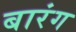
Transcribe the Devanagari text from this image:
बारंग